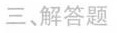
三、解答题